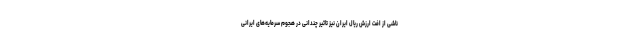
ناشی از افت ارزش ریال ایران نیز تاثیر چندانی در هجوم سرمایه‌های ایرانی